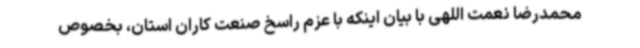
محمدرضا نعمت اللهی با بیان اینکه با عزم راسخ صنعت کاران استان، بخصوص